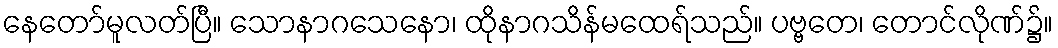
နေတော်မူလတ်ပြီ။ သောနာဂသေနော၊ ထိုနာဂသိန်မထေရ်သည်။ ပဗ္ဗတေ၊ တောင်လိုဏ်၌။